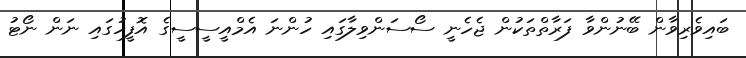
ބައިވެރިވާން ބޭނުންވާ ފަރާތްތަކުން ޖެހެނީ ސޯސަންވިލާގައި ހުންނަ އެމްއީސީސީގެ އޮފީހުގައި ނަން ނޯޓު